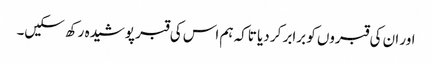
اور ان کی قبروں کو برابر کر دیا تاکہ ہم اس کی قبر پوشیدہ رکھ سکیں۔